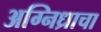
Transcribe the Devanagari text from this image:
अग्निध्राचा